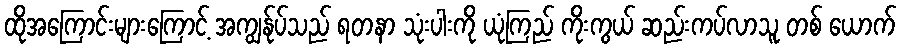
ထိုအကြောင်းများကြောင့် အကျွန်ုပ်သည် ရတနာ သုံးပါးကို ယုံကြည် ကိုးကွယ် ဆည်းကပ်လာသူ တစ် ယောက်